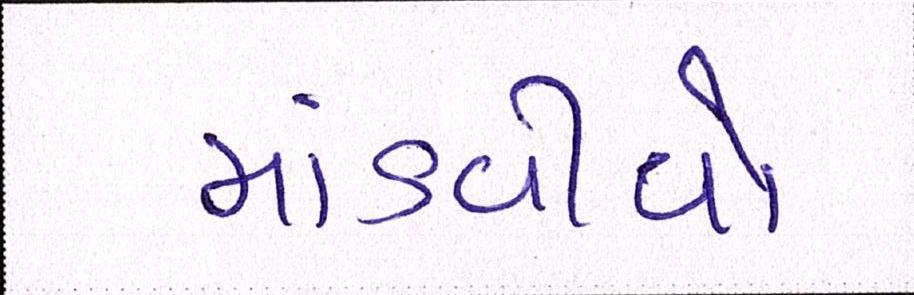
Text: માંડવીયો